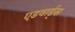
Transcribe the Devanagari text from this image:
एडवार्ड्स